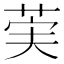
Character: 𫈌